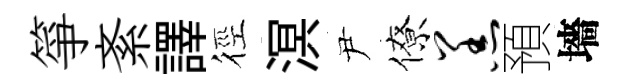
箏紊譯徑溟尹僚羔預墻